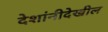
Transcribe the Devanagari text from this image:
देशांनीदेखील